Scientific memoirs by medical officers of the Army of India - Part II,
Year: 1886
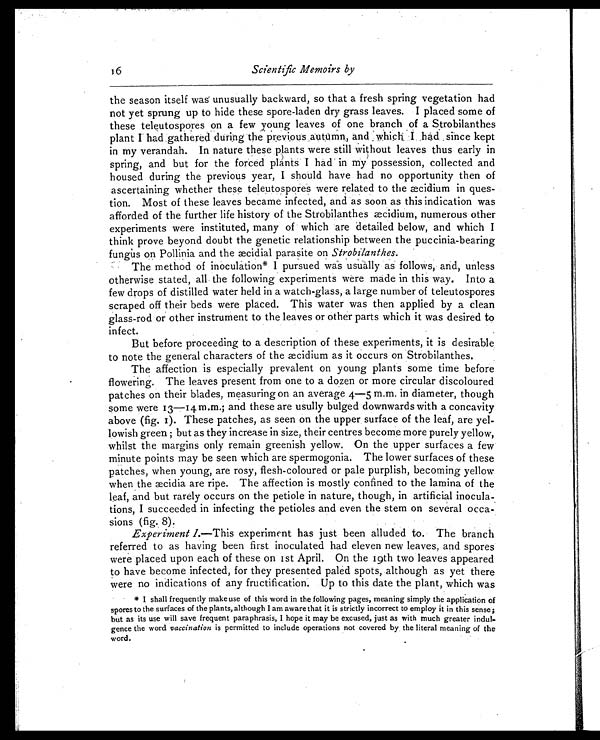
16
Scientific Memoirs by
the season itself was unusually backward, so that a fresh spring vegetation had
not yet sprung up to hide these spore-laden dry grass leaves. I placed some of
these teleutospores on a few young leaves of one branch of a Strobilanthes
plant I had gathered during the previous autumn, and which I had since kept
in my verandah. In nature these plants were still without leaves thus early in
spring, and but for the forced plants I had in my possession, collected and
housed during the previous year, I should have had no opportunity then of
ascertaining whether these teleutospores were related to the æcidium in ques-
tion. Most of these leaves became infected, and as soon as this indication was
afforded of the further life history of the Strobilanthes æcidium, numerous other
experiments were instituted, many of which are detailed below, and which I
think prove beyond doubt the genetic relationship between the puccinia-bearing
fungus on Pollinia and the æcidial parasite on S t r o b i l a n t h e s .
The method of inoculation* I pursued was usually as follows, and, unless
otherwise stated, all the following experiments were made in this way. Into a
few drops of distilled water held in a watch-glass, a large number of teleutospores
scraped off their beds were placed. This water was then applied by a clean
glass-rod or other instrument to the leaves or other parts which it was desired to
infect.
But before proceeding to a description of these experiments, it is desirable
to note the general characters of the æcidium as it occurs on Strobilanthes.
The affection is especially prevalent on young plants some time before
flowering. The leaves present from one to a dozen or more circular discoloured
patches on their blades, measuring on an average 4—5 m.m. in diameter, though
some were 13—14 m.m.; and these are usully bulged downwards with a concavity
above (fig. I). These patches, as seen on the upper surface of the leaf, are yel-
lowish green ; but as they increase in size, their centres become more purely yellow,
whilst the margins only remain greenish yellow. On the upper surfaces a few
minute points may be seen which are spermogonia. The lower surfaces of these
patches, when young, are rosy, flesh-coloured or pale purplish, becoming yellow
when the æcidia are ripe. The affection is mostly confined to the lamina of the
leaf, and but rarely occurs on the petiole in nature, though, in artificial inocula-
tions, I succeeded in infecting the petioles and even the stem on several occa-
sions (fig. 8).
Experiment I.—This experiment has just been alluded to. The branch
referred to as having been first inoculated had eleven new leaves, and spores
were placed upon each of these on 1st April. On the 19th two leaves appeared
to have become infected, for they presented paled spots, although as yet there
were no indications of any fructification. Up to this date the plant, which was
* I shall frequently make use of this word in the following pages, meaning simply the application of
spores to the surfaces of the plants, although I am aware that it is strictly incorrect to employ it in this sense;
but as its use will save frequent paraphrasis, I hope it may be excused, just as with much greater indul-
gence the word vaccination is permitted to include operations not covered by the literal meaning of the
word.